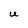
Character: U